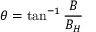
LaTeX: \theta = \tan ^ { - 1 } { \frac { B } { B _ { H } } }